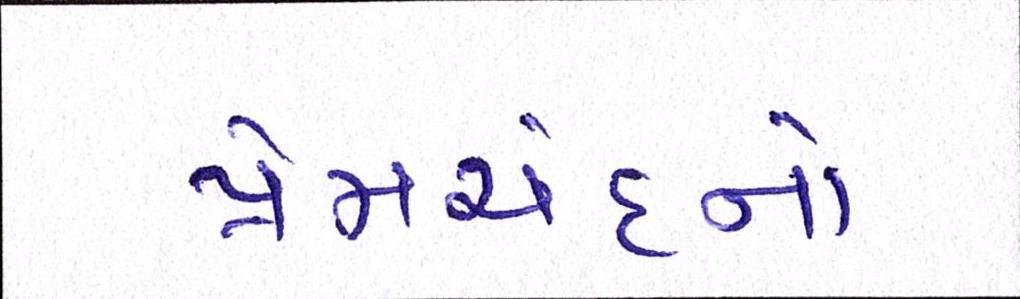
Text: પ્રેમચંદનો